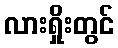
လားရှိုးတွင်